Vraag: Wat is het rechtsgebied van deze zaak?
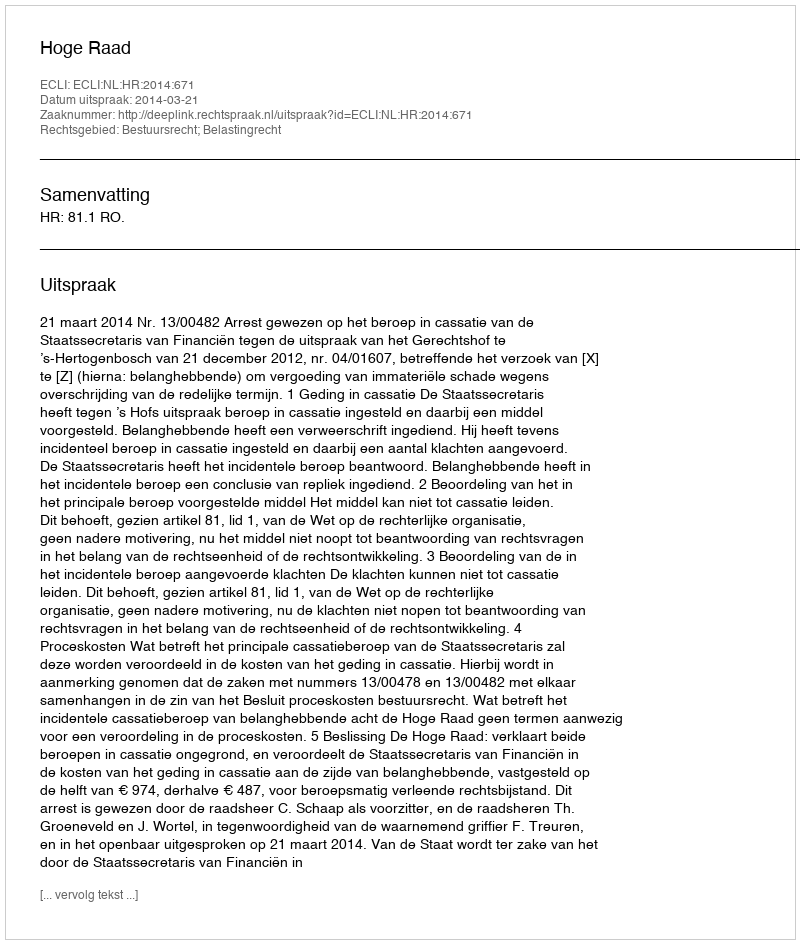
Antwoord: Bestuursrecht; Belastingrecht